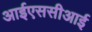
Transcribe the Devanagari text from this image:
आईएससीआई